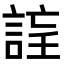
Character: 𧨉